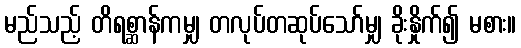
မည်သည့် တိရစ္ဆာန်ကမျှ တလုပ်တဆုပ်သော်မျှ ခိုးနှိုက်၍ မစား။